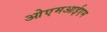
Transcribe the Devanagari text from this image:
ओएमआईएम